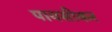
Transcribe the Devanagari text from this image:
पायसीकर